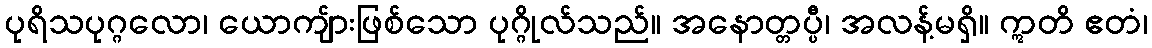
ပုရိသပုဂ္ဂလော၊ ယောကျ်ားဖြစ်သော ပုဂ္ဂိုလ်သည်။ အနောတ္တပ္ပီ၊ အလန့်မရှိ။ ဣတိ ဧတံ၊